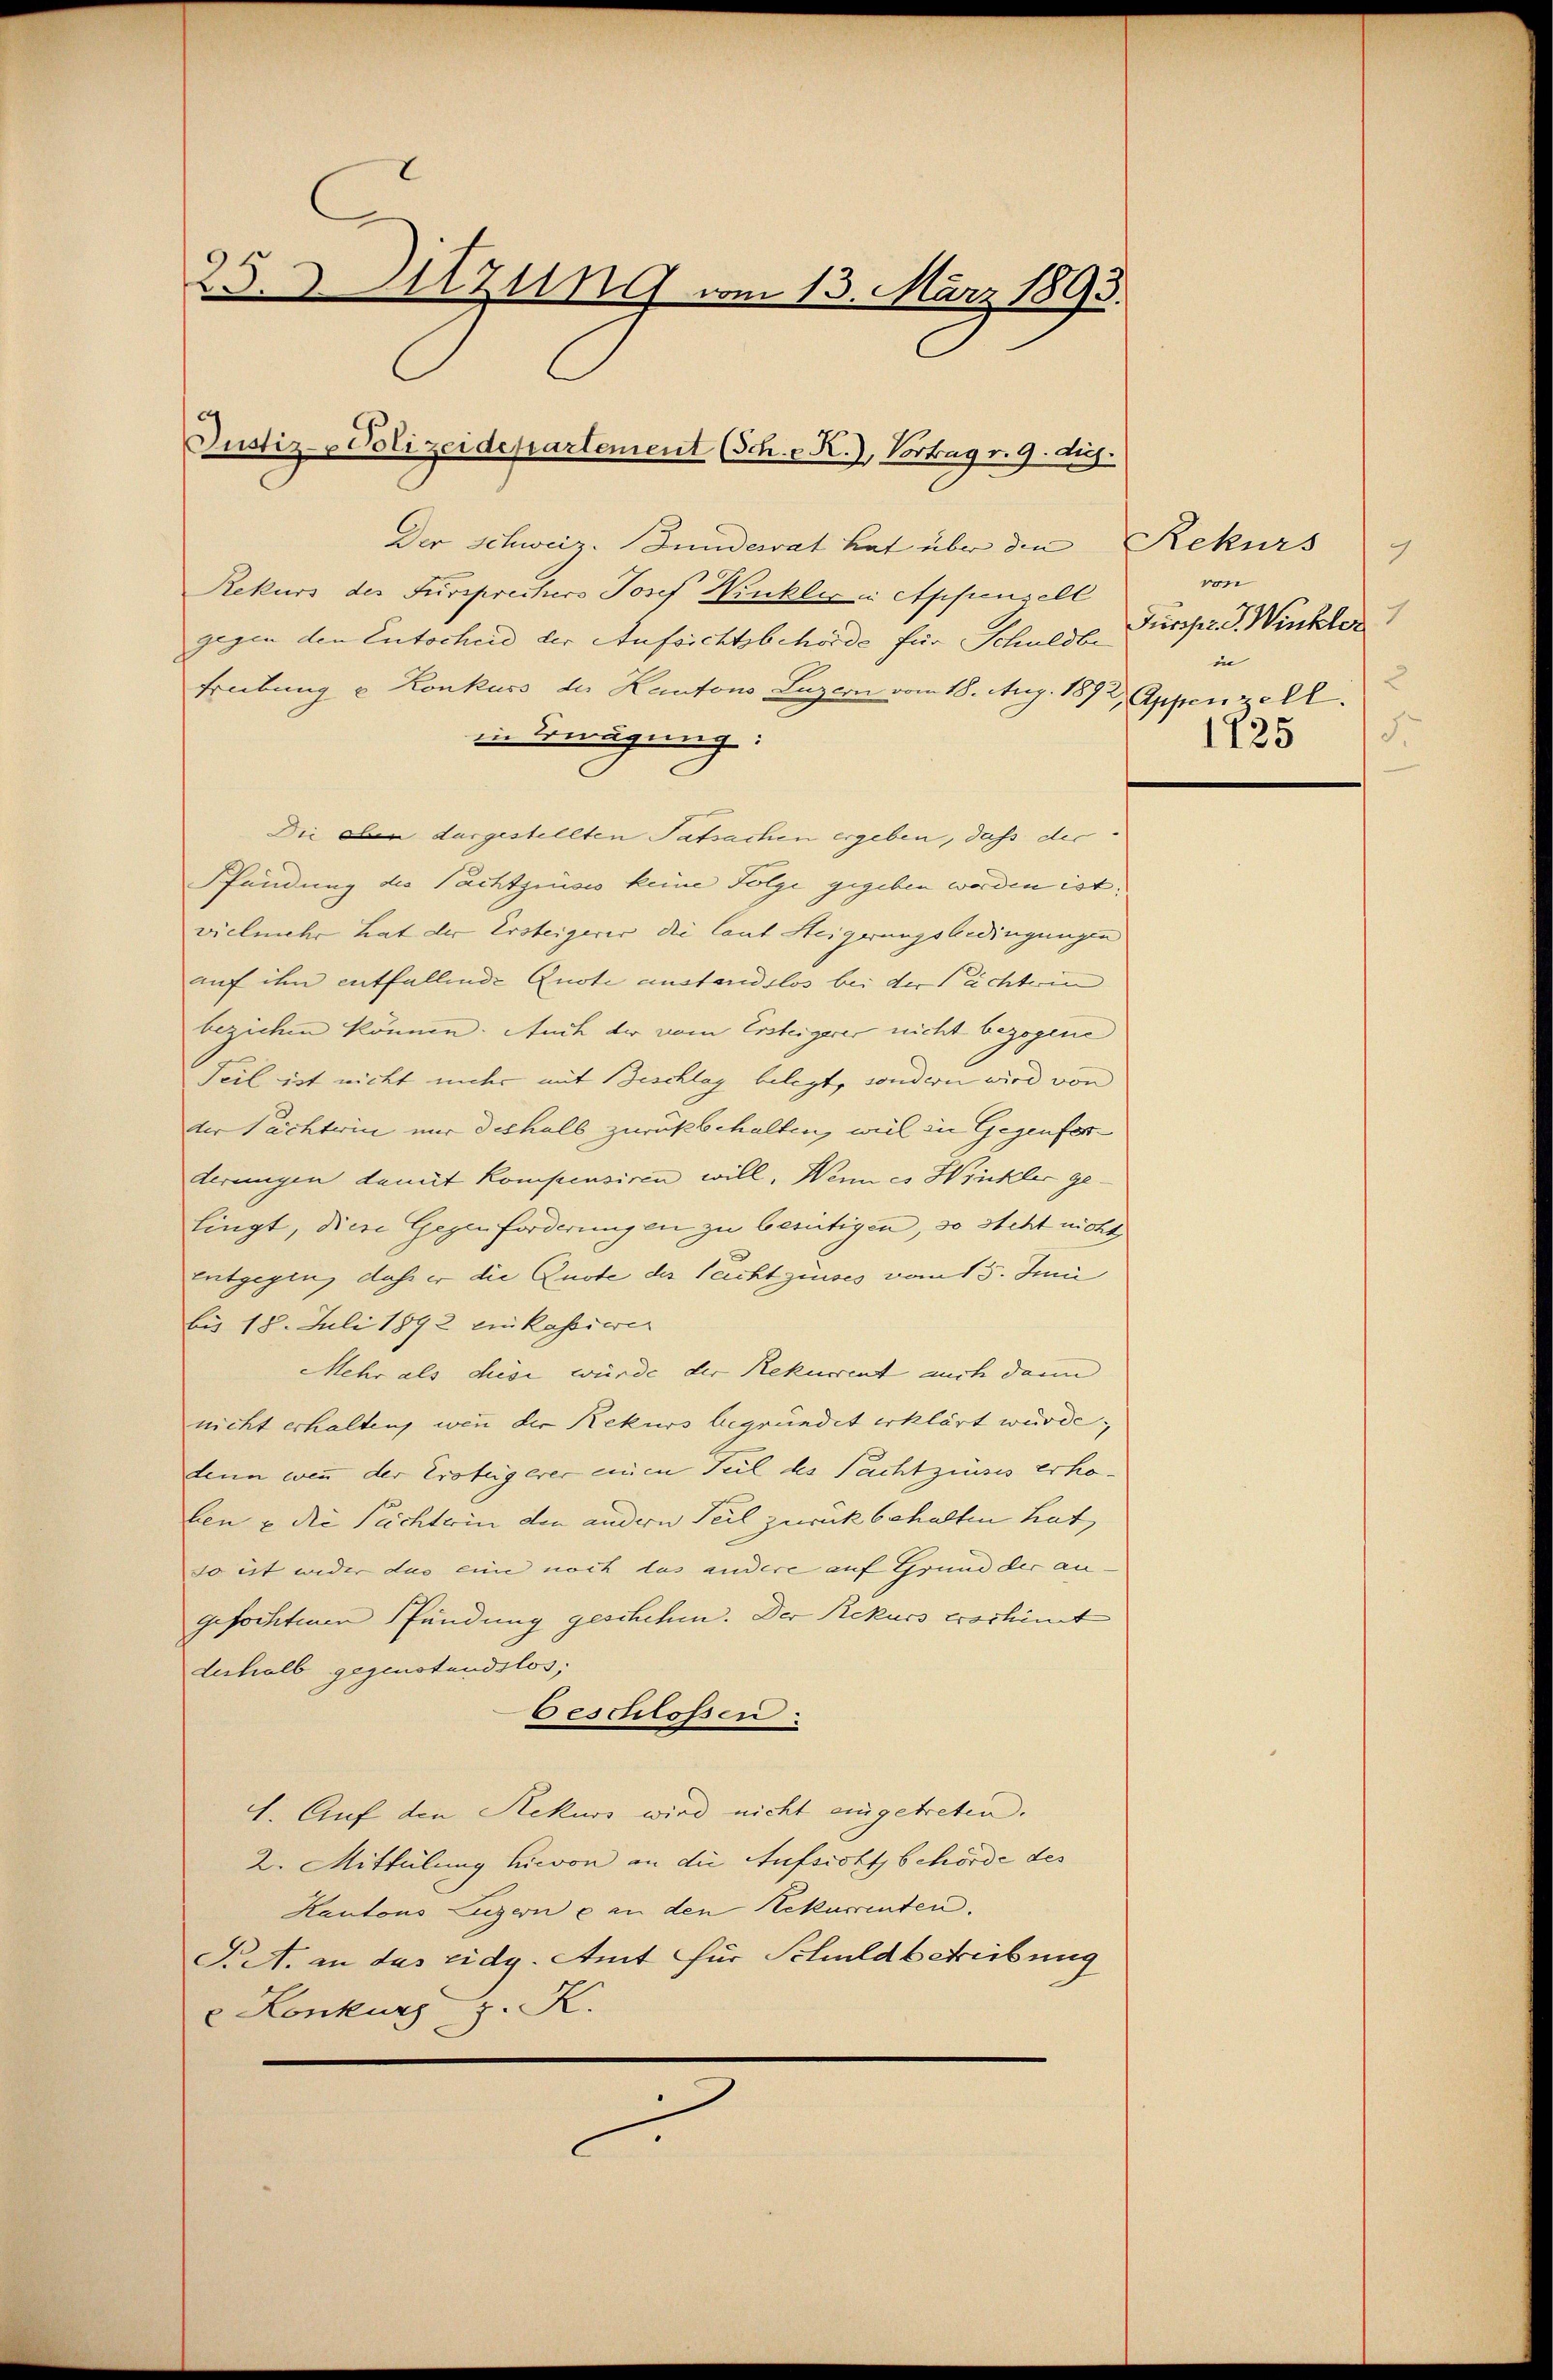
25.1871 vom 13. März 1893.

Justiz- & Polizeidepartement (Sch. - K.), Vortrag v. 9. ds.

Der Schweiz. Bundesrat hat über die Rekurs
Rekurs des Fürsprechers Josef Winkler in Appenzell
gegen den Entscheid der Aufsichtsbehörde für Schuldbe
treibung u Konkurs der Kantons Luzern vom 18. Aug. 1892, Appenzell
in Erwägung:
Die oben dargestellten Tatsachen ergeben, daß die
Pfändung des Pachtzinses keine Folge gegeben werden ist;
vielmehr hat der Ersteigerer die laut Steigerungsbedingungen
auf ihn entfallende Quote austandslos bei der ächterin
beziehen können. Auch der vom Ersteigerer nicht bezogene
Teil ist nicht mehr mit Beschlag belegt, sondern wird von
der Pächtein nur deshalb zurückbehalten, weil in Gegenforderungen damit kompensiren will. Wenn es Winkler ge-
lingt, diese Gegen forderungen zu beseitigen, so steht nicht
Entgegen, daß er die Quote der Teichtzinses vom 15. Juni
bis 18. Juli 1892 einkassiven
Mehr als diese würde der Rekurrent auch darin |
nicht erhalten, wenn der Rekurs begründet erklärt wurde,
denn wenn der Ersteigerer einen Teil des Pachtzinses erhoben u die Tüchterin den andern Teil zurückbehalten hat,
so ist weder das eine noch das andere auf Grund der an
gefochtenen Pfändung geschehen. Der Rekurs erschint
deshalb gegenstandslos,
beschlossen.
1. Auf den Rekurs wird nicht eingetreten.
2. Mittelung hievon an die Aufsicht behörde des
Kantons Luzern ein den Rekurrenten.
Sit. an das eidg. Amt für Schuldbetreibung
e Konkurs z. K.
d

9
von
Fürcher. J. Winkler
in
3
S.
1725